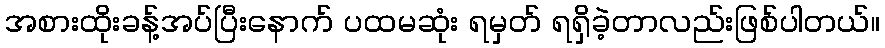
အစားထိုးခန့်အပ်ပြီးနောက် ပထမဆုံး ရမှတ် ရရှိခဲ့တာလည်းဖြစ်ပါတယ်။